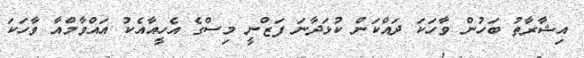
އިޝާރާތު ބަހުން ވާހަކަ ދައްކަން ކުޅަދާނަ ފަޒްނީ މިސްގެ އެހީއާއެކު އައްވާމްއާ ވާހަކަ